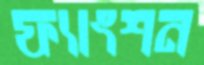
ফ্যাংশন